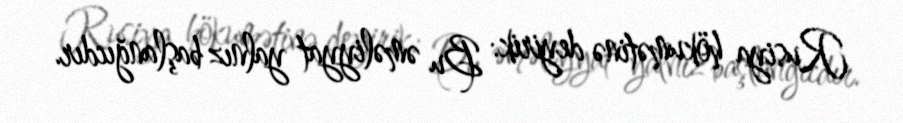
Rusiya hökumətinə deyirik: Bu əməliyyat yalnız başlanğıcdır.